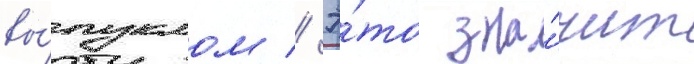
вы́пуклом // Э́то зна́чит